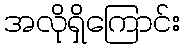
အလိုရှိကြောင်း